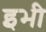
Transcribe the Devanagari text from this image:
इभी